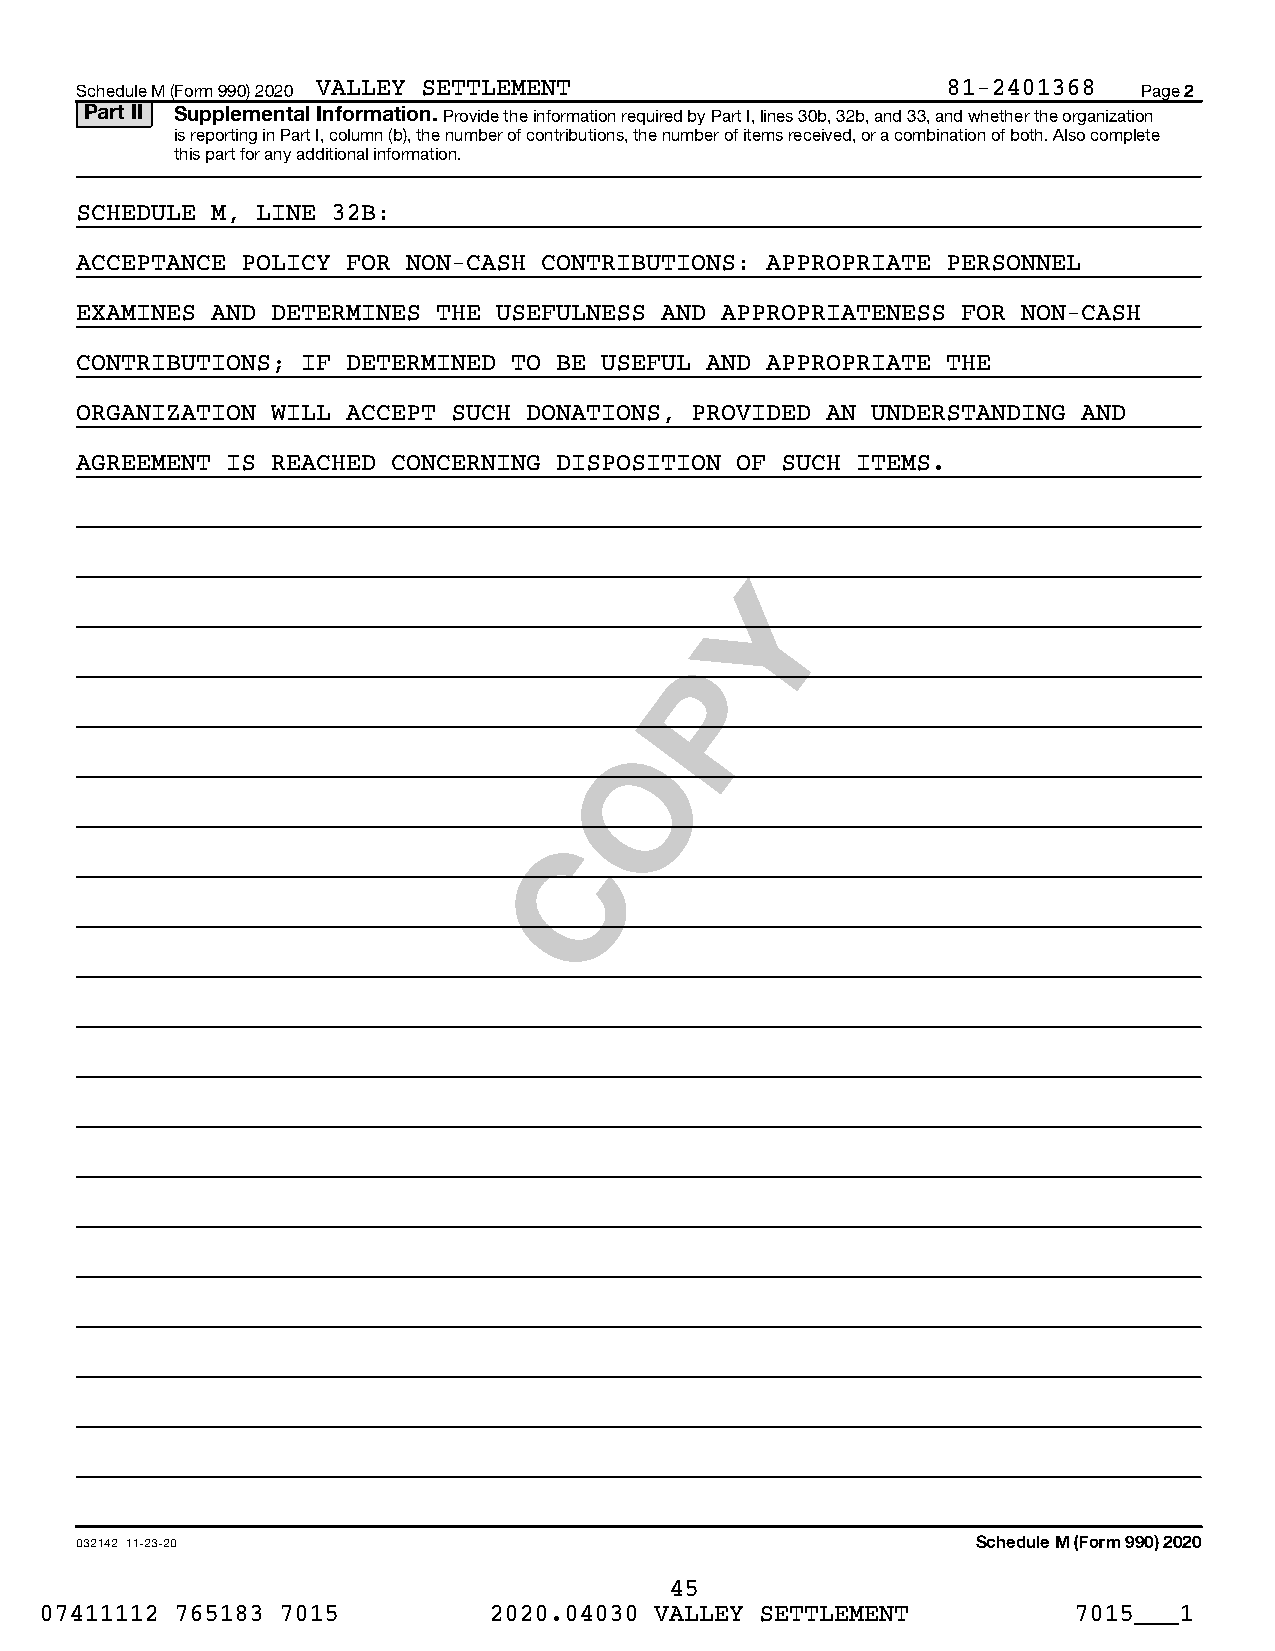
Schedule M (Form 990) 2020 VALLEY SETTLEMENT              81-2401368   Page 2
 Part II Supplemental Information. Provide the information required by Part I, lines 30b, 32b, and 33, and whether the organization
 is reporting in Part I, column (b), the number of contributions, the number of items received, or a combination of both. Also complete
 this part for any additional information.
 SCHEDULE M, LINE 32B:
 ACCEPTANCE POLICY FOR NON-CASH CONTRIBUTIONS: APPROPRIATE PERSONNEL
 EXAMINES AND DETERMINES THE USEFULNESS AND APPROPRIATENESS FOR NON-CASH
 CONTRIBUTIONS; IF DETERMINED TO BE USEFUL AND APPROPRIATE THE
 ORGANIZATION WILL ACCEPT SUCH DONATIONS, PROVIDED AN UNDERSTANDING AND
 AGREEMENT IS REACHED CONCERNING DISPOSITION OF SUCH ITEMS.
 Y
 P
 O
 C
 032142 11-23-20                                             Schedule M (Form 990) 2020
 45
 07411112 765183 7015         2020.04030 VALLEY SETTLEMENT           7015___1